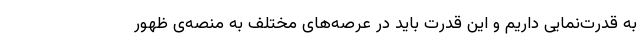
به قدرت‌نمایی داریم و این قدرت باید در عرصه‌های مختلف به منصه‌ی ظهور